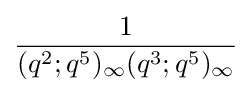
{\frac {1}{(q^{2};q^{5})_{\infty }(q^{3};q^{5})_{\infty }}}